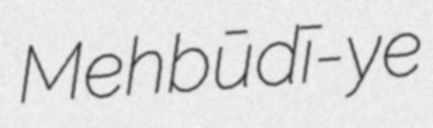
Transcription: Mehbūdī-ye